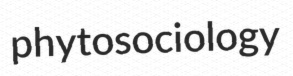
phytosociology